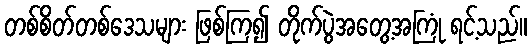
တစ်စိတ်တစ်ဒေသများ ဖြစ်ကြ၍ တိုက်ပွဲအတွေ့အကြုံ ရင့်သည်။